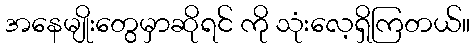
အနေမျိုးတွေမှာဆိုရင် ကို သုံးလေ့ရှိကြတယ်။